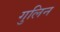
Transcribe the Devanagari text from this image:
गुलिन